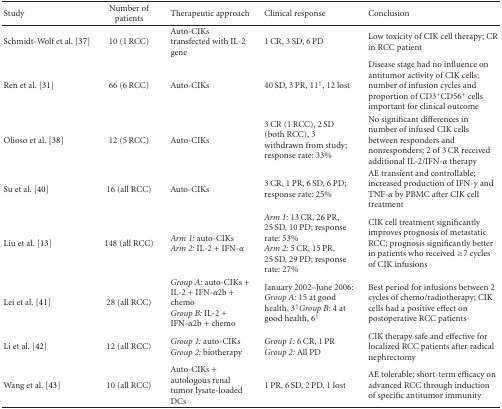
<table><thead><tr><td><b>Study</b></td><td><b>Number of patients</b></td><td><b>Therapeutic approach</b></td><td><b>Clinical response</b></td><td><b>Conclusion</b></td></tr></thead><tbody><tr><td>Schmidt-Wolf et al. [37]</td><td>10 (1 RCC)</td><td>Auto-CIKs transfected with IL-2 gene</td><td>1 CR, 3 SD, 6 PD</td><td>Low toxicity of CIK cell therapy; CR in RCC patient </td></tr><tr><td>Ren et al. [31]</td><td> 66 (6 RCC)</td><td>Auto-CIKs</td><td>40 SD, 3 PR, 11<sup>†</sup>, 12 lost</td><td>Disease stage had no influence on antitumor activity of CIK cells; number of infusion cycles and proportion of CD3<sup>+</sup>CD56<sup>+</sup> cells important for clinical outcome</td></tr><tr><td>Olioso et al. [38]</td><td>12 (5 RCC)</td><td>Auto-CIKs</td><td>3 CR (1 RCC), 2 SD (both RCC), 3 withdrawn from study; response rate: 33%</td><td>No significant differences in number of infused CIK cells between responders and nonresponders; 2 of 3 CR received additional IL-2/IFN-<i>α</i> therapy</td></tr><tr><td>Su et al. [40]</td><td>16 (all RCC)</td><td>Auto-CIKs</td><td>3 CR, 1 PR, 6 SD, 6 PD; response rate: 25%</td><td>AE transient and controllable; increased production of IFN-<i>γ</i> and TNF-<i>α</i> by PBMC after CIK cell treatment</td></tr><tr><td>Liu et al. [13]</td><td>148 (all RCC)</td><td><i>Arm 1:</i> auto-CIKs<i>Arm 2:</i> IL-2 + IFN-<i>α</i></td><td><i>Arm 1:</i> 13 CR, 26 PR, 25 SD, 10 PD; response rate: 53%<i>Arm 2:</i> 5 CR, 15 PR, 25 SD, 29 PD; response rate: 27%</td><td>CIK cell treatment significantly improves prognosis of metastatic RCC; prognosis significantly better in patients who received ≥7 cycles of CIK infusions</td></tr><tr><td>Lei et al. [41]</td><td>28 (all RCC)</td><td><i>Group A:</i> auto-CIKs + IL-2 + IFN-<i>α</i>2b + chemo<i>Group B:</i> IL-2 + IFN-<i>α</i>2b + chemo</td><td>January 2002–June 2006:<i>Group A:</i> 15 at good health, 3<sup>†</sup><i>Group B:</i> 4 at good health, 6<sup>†</sup></td><td>Best period for infusions between 2 cycles of chemo/radiotherapy; CIK cells had a positive effect on postoperative RCC patients</td></tr><tr><td>Li et al. [42]</td><td>12 (all RCC)</td><td><i>Group 1:</i> auto-CIKs<i>Group 2:</i> biotherapy</td><td><i>Group 1:</i> 6 CR, 1 PR<i>Group 2:</i> All PD</td><td>CIK therapy safe and effective for localized RCC patients after radical nephrectomy</td></tr><tr><td>Wang et al. [43]</td><td>10 (all RCC)</td><td>Auto-CIKs + autologous renal tumor lysate-loaded DCs</td><td>1 PR, 6 SD, 2 PD, 1 lost</td><td>AE tolerable; short-term efficacy on advanced RCC through induction of specific antitumor immunity</td></tr></tbody></table>